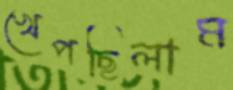
খেপছিলাম